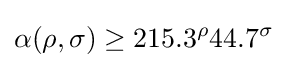
\alpha (\rho ,\sigma )\geq 215.3^{\rho }44.7^{\sigma }